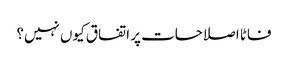
فاٹا اصلاحات پر اتفاق کیوں نہیں؟